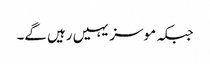
جبکہ موسز یہیں رہیں گے۔